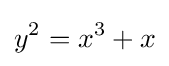
y^{2}=x^{3}+x